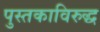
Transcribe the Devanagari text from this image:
पुस्तकाविरुद्ध